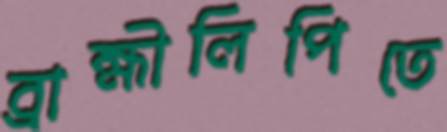
ব্রাহ্মীলিপিতে